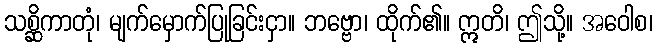
သစ္ဆိကာတုံ၊ မျက်မှောက်ပြုခြင်းငှာ။ ဘဗ္ဗော၊ ထိုက်၏။ ဣတိ၊ ဤသို့။ အဝေါစ၊